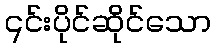
၎င်းပိုင်ဆိုင်သော